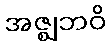
အဇ္ဈဘဝိ